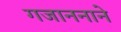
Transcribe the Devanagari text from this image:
गजाननाने